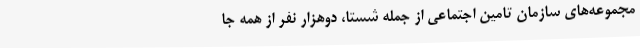
مجموعه‌های سازمان تامین اجتماعی از جمله شستا، دوهزار نفر از همه جا